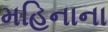
મહિનાના